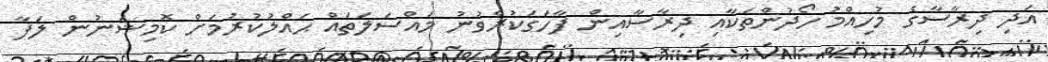
އަދި ދިރާސާގެ މުހިއްމު ހޯދުންތަކާއި ދިރާސާއިން ފާހަގަކުރެވުނު މައްސަލަތައް ޙައްލުކުރުމަށް ކޮމިޝަނުން ލަފާ